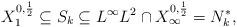
LaTeX: \begin{align*} X_1^{0,\frac{1}{2}} \subseteq S_k\subseteq L^\infty L^2 \cap X_\infty^{0,\frac{1}{2}} = N_{k}^{\ast}, \end{align*}